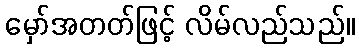
မှော်အတတ်ဖြင့် လိမ်လည်သည်။